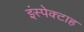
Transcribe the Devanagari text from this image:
इंस्पेक्टाह